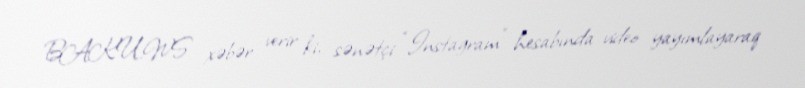
BAKU.WS xəbər verir ki, sənətçi “Instagram” hesabında video yayımlayaraq